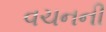
વચનની